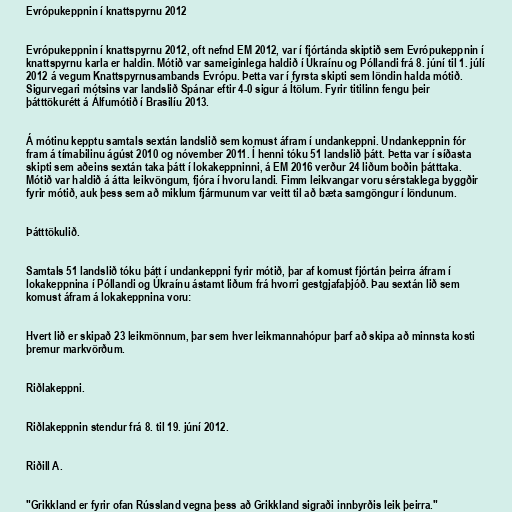
Evrópukeppnin í knattspyrnu 2012

Evrópukeppnin í knattspyrnu 2012, oft nefnd EM 2012, var í fjórtánda skiptið sem Evrópukeppnin í
knattspyrnu karla er haldin. Mótið var sameiginlega haldið í Úkraínu og Póllandi frá 8. júní til 1. júlí
2012 á vegum Knattspyrnusambands Evrópu. Þetta var í fyrsta skipti sem löndin halda mótið.
Sigurvegari mótsins var landslið Spánar eftir 4-0 sigur á Ítölum. Fyrir titilinn fengu þeir
þátttökurétt á Álfumótið í Brasilíu 2013.

Á mótinu kepptu samtals sextán landslið sem komust áfram í undankeppni. Undankeppnin fór
fram á tímabilinu ágúst 2010 og nóvember 2011. Í henni tóku 51 landslið þátt. Þetta var í síðasta
skipti sem aðeins sextán taka þátt í lokakeppninni, á EM 2016 verður 24 liðum boðin þátttaka.
Mótið var haldið á átta leikvöngum, fjóra í hvoru landi. Fimm leikvangar voru sérstaklega byggðir
fyrir mótið, auk þess sem að miklum fjármunum var veitt til að bæta samgöngur í löndunum.

Þátttökulið.

Samtals 51 landslið tóku þátt í undankeppni fyrir mótið, þar af komust fjórtán þeirra áfram í
lokakeppnina í Póllandi og Úkraínu ástamt liðum frá hvorri gestgjafaþjóð. Þau sextán lið sem
komust áfram á lokakeppnina voru:

Hvert lið er skipað 23 leikmönnum, þar sem hver leikmannahópur þarf að skipa að minnsta kosti
þremur markvörðum.

Riðlakeppni.

Riðlakeppnin stendur frá 8. til 19. júní 2012.

Riðill A.

"Grikkland er fyrir ofan Rússland vegna þess að Grikkland sigraði innbyrðis leik þeirra."